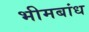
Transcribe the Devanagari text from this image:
भीमबांध